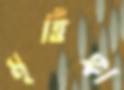
মৃর্ত্তিঙ্গা